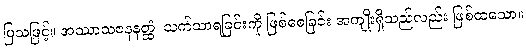
ပြသဖြင့်။ အဿာသဇနနတ္ထံ၊ သက်သာရခြင်းကို ဖြစ်စေခြင်း အကျိုးရှိသည်လည်း ဖြစ်ထသော။